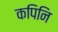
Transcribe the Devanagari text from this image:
कपिनि